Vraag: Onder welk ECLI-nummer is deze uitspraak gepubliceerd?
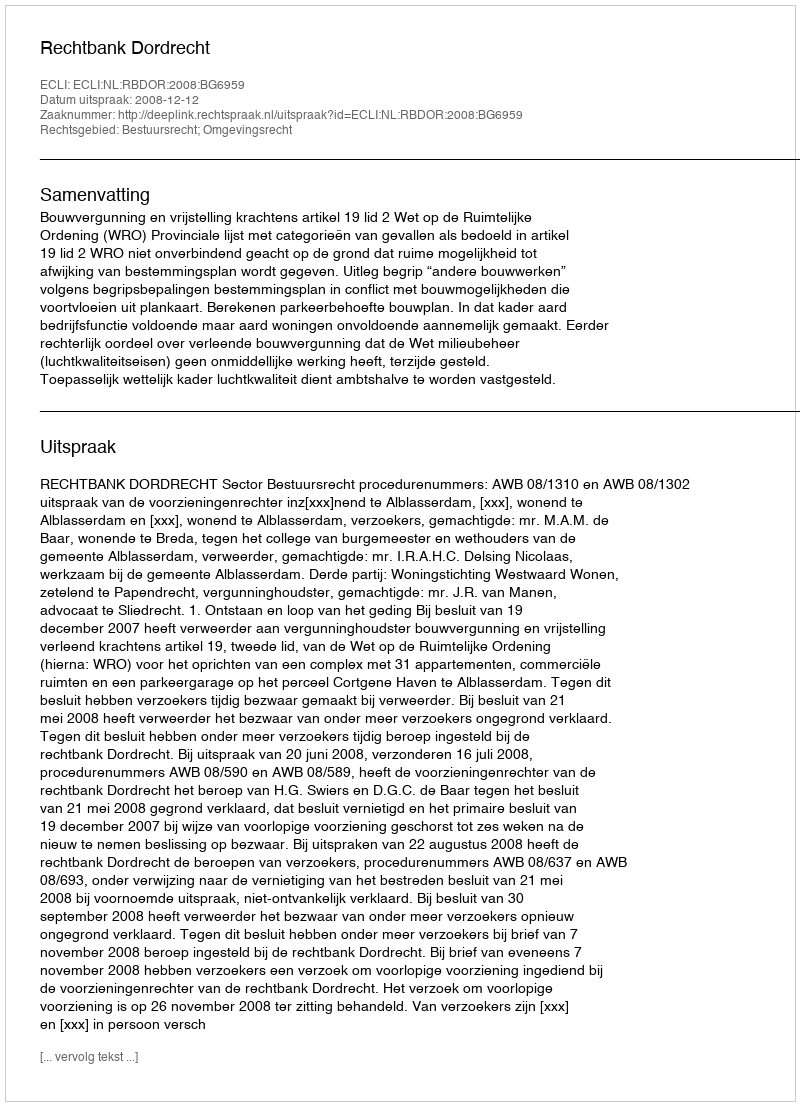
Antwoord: ECLI:NL:RBDOR:2008:BG6959